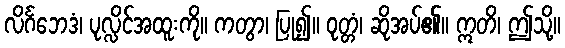
လိင်္ဂဘေဒံ၊ ပုလ္လိင်အထူးကို။ ကတွာ၊ ပြု၍။ ဝုတ္တံ၊ ဆိုအပ်၏။ ဣတိ၊ ဤသို့။